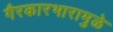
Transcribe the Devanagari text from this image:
गैरकारभारामुळे